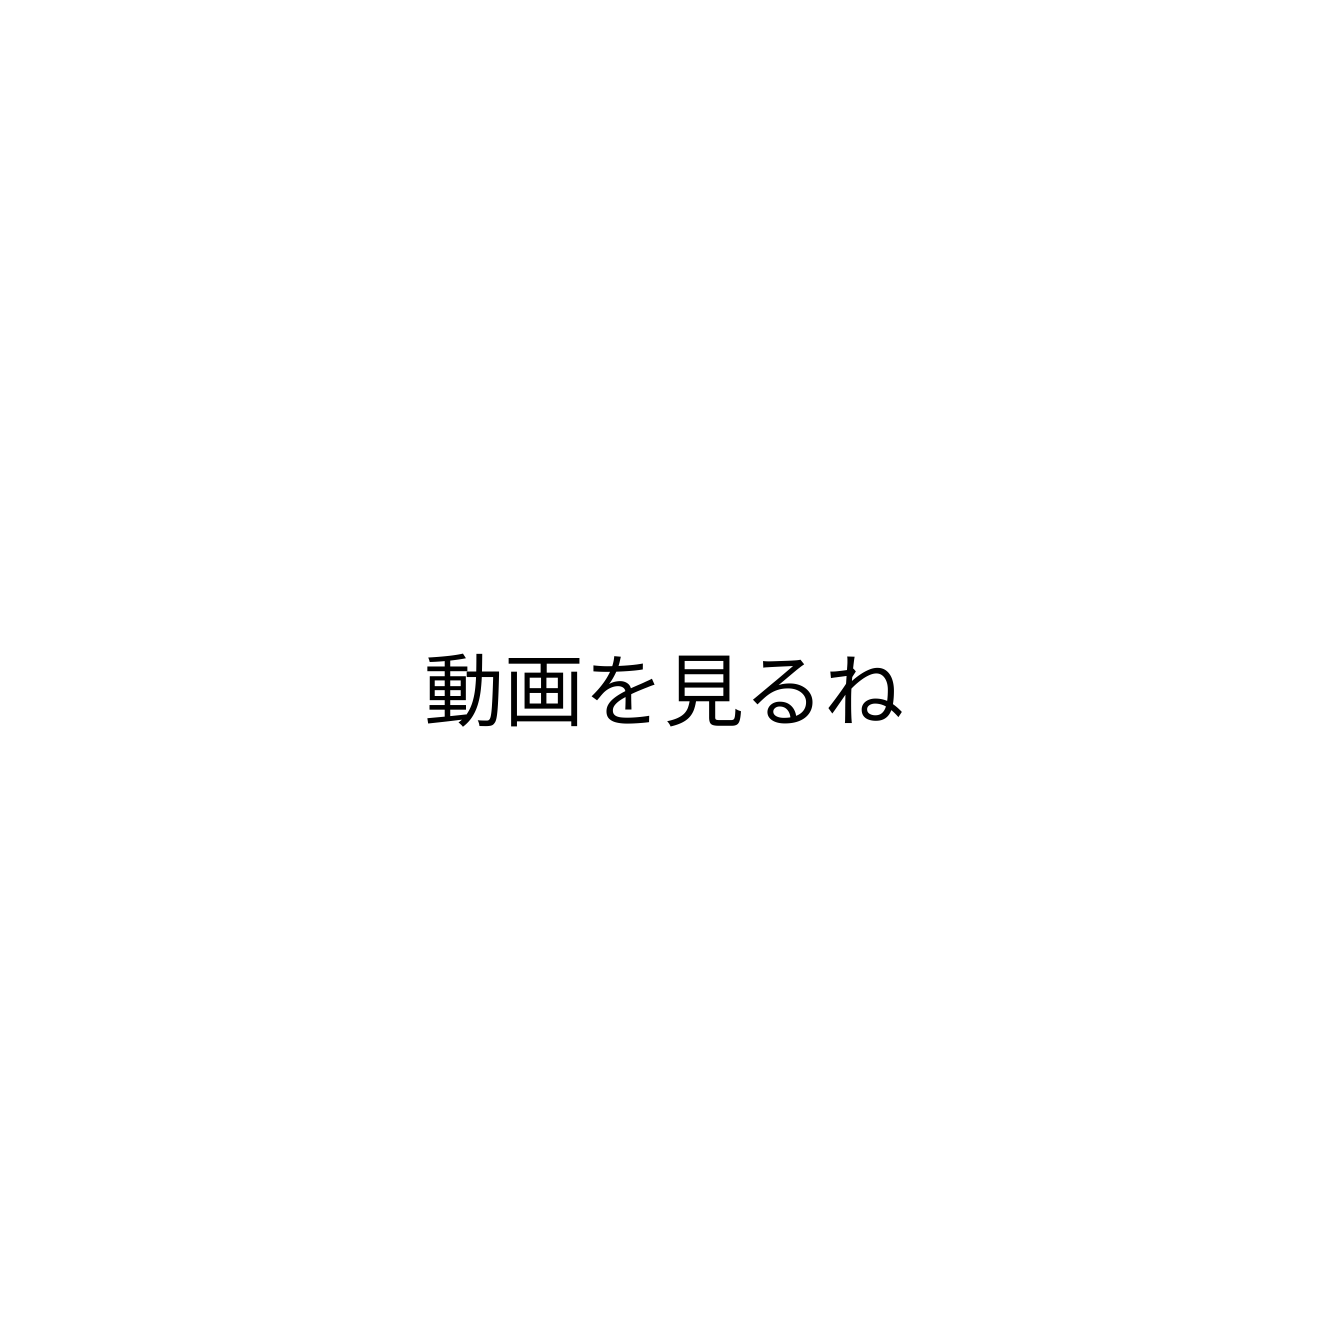
動画を見るね